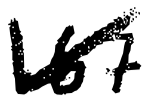
Text: 167
Cross-out: diagonal
Writing tool: digital_black